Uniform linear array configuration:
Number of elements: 12
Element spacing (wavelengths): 0.75
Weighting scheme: cosine
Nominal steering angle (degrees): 15
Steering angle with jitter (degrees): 13.67
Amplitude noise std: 0.05
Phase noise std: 0.05

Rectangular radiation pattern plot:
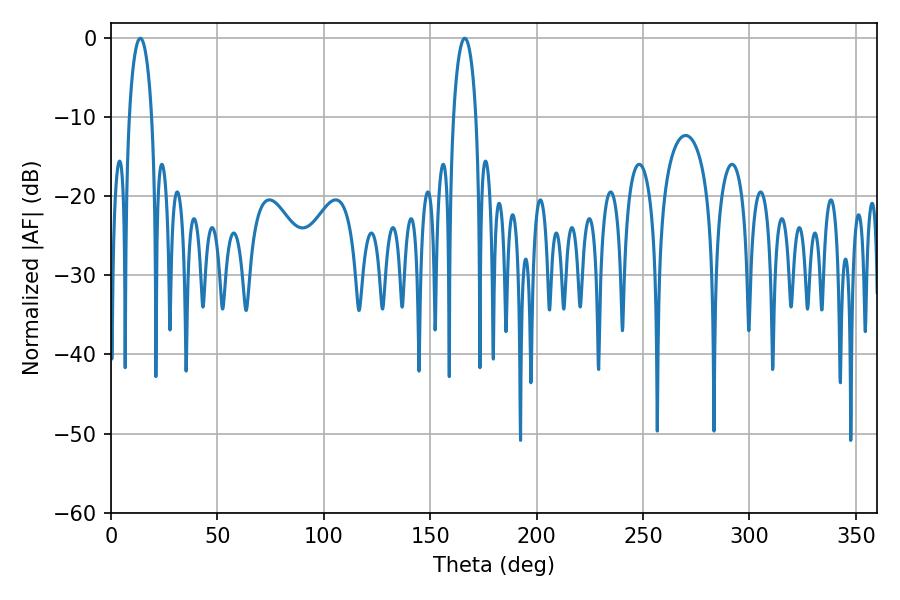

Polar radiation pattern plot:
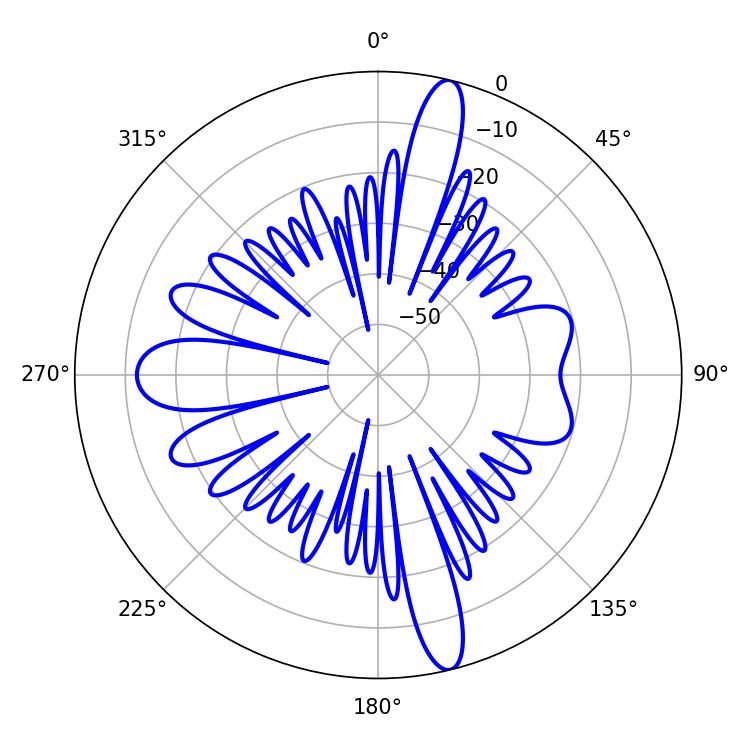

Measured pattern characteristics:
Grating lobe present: TRUE
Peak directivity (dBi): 17.255
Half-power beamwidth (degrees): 5.94
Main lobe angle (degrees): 13.86